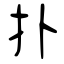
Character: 扑